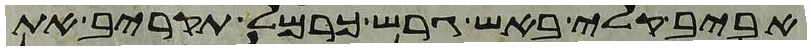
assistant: אביב קלי באש גרש כרמל תקריב את